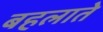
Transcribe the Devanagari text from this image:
बहलाते